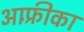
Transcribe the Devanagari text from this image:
आफ़्रीका